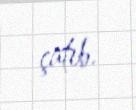
çatıb.